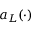
a _ { L } ( \cdot )